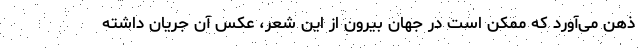
ذهن می‌آورد که ممکن است در جهان بیرون از این شعر، عکس آن جریان داشته